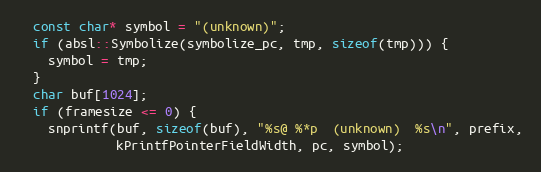
Language: C++
  const char* symbol = "(unknown)";
  if (absl::Symbolize(symbolize_pc, tmp, sizeof(tmp))) {
    symbol = tmp;
  }
  char buf[1024];
  if (framesize <= 0) {
    snprintf(buf, sizeof(buf), "%s@ %*p  (unknown)  %s\n", prefix,
             kPrintfPointerFieldWidth, pc, symbol);